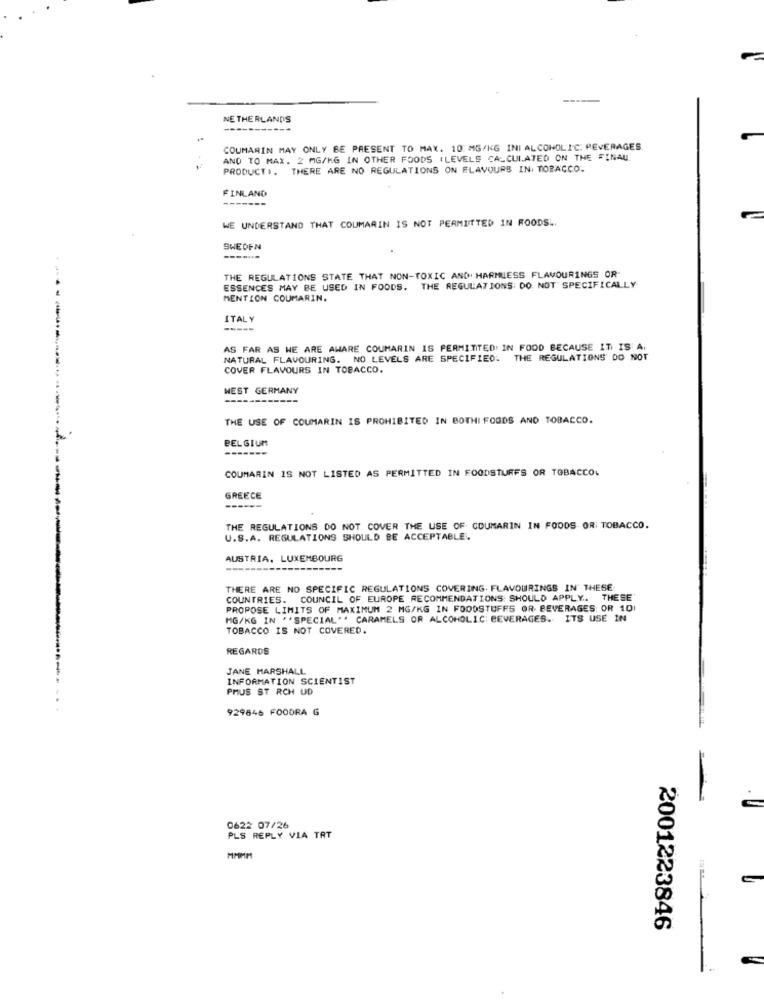
NETHERLANDS
COUMARIN MAY ONLY BE PRESENT TO MAX. 10 MG/KG INI ALCOHOLIC: PEVERAGES.
AND TO MAX. 2 MG/KG IN OTHER FOODS (LEVELS CALCULATED ON THE FINAU
PRODUCT .. THERE ARE NO REGULATIONS ON FLAVOURS IN. TOBACCO.
FINLAND
WE UNDERSTAND THAT COUMARIN IS NOT PERMITTED IN ROODSL.
SWEDEN
THE REGULATIONS STATE THAT NON-TOXIC AND. HARMLESS FLAVOURINGS OR-
ESSENCES MAY BE USED IN FOODS. THE REGULATIONS: DO NOT SPECIFICALLY
MENTION COUMARIN.
ITALY
-----
-----
AS FAR AS WE ARE AWARE COUMARIN IS PERMITTED: IN FOOD BECAUSE IT IS A.
NATURAL FLAVOURING. NO LEVELS ARE SPECIFIED. THE REGULATIONS DO NOT
COVER FLAVOURS IN TOBACCO.
WEST GERMANY
THE USE OF COUMARIN IS PROHIBITED IN BOTHI FOODS AND TOBACCO.
BELGIUM
COUMARIN IS NOT LISTED AS PERMITTED IN FOODSTUFFS OR TOBACCO.
GREECE
THE REGULATIONS DO NOT COVER THE USE OF COUMARIN IN FOODS OR: TOBACCO.
U.S.A. REGULATIONS SHOULD BE ACCEPTABLE.
AUSTRIA, LUXEMBOURG
THERE ARE NO SPECIFIC REGULATIONS COVERING. FLAVOURINGS IN" THESE
COUNTRIES. COUNCIL OF EUROPE RECOMMENDATIONS: SHOULD APPLY. THESE
PROPOSE LIMITS OF MAXIMUM 2 MG/KG IN FOODSTUFFS OR BEVERAGES: OR 101
MG/KG IN ' 'SPECIAL"" CARAMELS OR ALCOHOLIC BEVERAGES. ITS USE IN
TOBACCO IS NOT COVERED.
REGARDS
JANE MARSHALL
INFORMATION SCIENTIST
PHUS ST RCH UD
929646 FOODRA G
0622 07/26
PLS REPLY VIA TRT
MMMM
2001223846